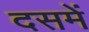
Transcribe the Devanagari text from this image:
दसमें